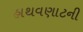
હાથવણાટની